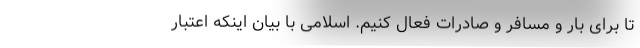
تا برای بار و مسافر و صادرات فعال کنیم. اسلامی با بیان اینکه اعتبار